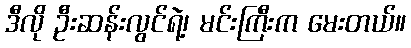
ဒီလို ဦးဆန်းလွင်ရဲ့၊ မင်းကြီးက မေးတယ်။